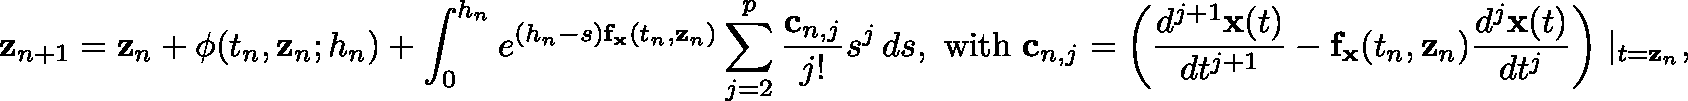
\mathbf { z } _ { n + 1 } = \mathbf { z } _ { n } + \mathbf { \phi } ( t _ { n } , \mathbf { z } _ { n } ; h _ { n } ) + \int _ { 0 } ^ { h _ { n } } e ^ { ( h _ { n } - s ) \mathbf { f } _ { \mathbf { x } } \left( t _ { n } , \mathbf { z } _ { n } \right) } \sum _ { j = 2 } ^ { p } { \frac { \mathbf { c } _ { n , j } } { j ! } } s ^ { j } \, d s , { \mathrm { ~ w i t h ~ } } \mathbf { c } _ { n , j } = \left( { \frac { d ^ { j + 1 } \mathbf { x } ( t ) } { d t ^ { j + 1 } } } - \mathbf { f } _ { \mathbf { x } } ( t _ { n } , \mathbf { z } _ { n } ) { \frac { d ^ { j } \mathbf { x } ( t ) } { d t ^ { j } } } \right) \mid _ { t = \mathbf { z } _ { n } } ,